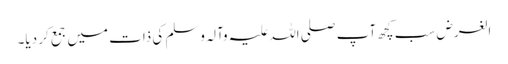
الغرض سب کچھ آپ صلی اللہ علیہ وآلہ وسلم کی ذات میں جمع کر دیا۔